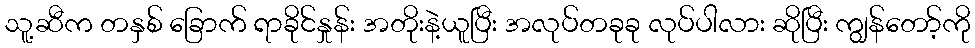
သူ့ဆီက တနှစ် ခြောက် ရာခိုင်နှုန်း အတိုးနဲ့ယူပြီး အလုပ်တခုခု လုပ်ပါလား ဆိုပြီး ကျွန်တော့်ကို